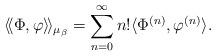
LaTeX: \begin{align*}\langle\!\langle\Phi,\varphi\rangle\!\rangle_{\mu_{\beta}}=\sum_{n=0}^{\infty}n!\langle\Phi^{(n)},\varphi^{(n)}\rangle.\end{align*}